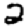
Digit: 2